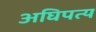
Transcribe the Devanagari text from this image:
अघिपत्य